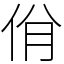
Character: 佾